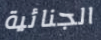
الجنائية